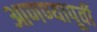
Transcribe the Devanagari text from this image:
आणण्यापूर्वी